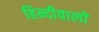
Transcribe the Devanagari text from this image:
हिन्दीवालों